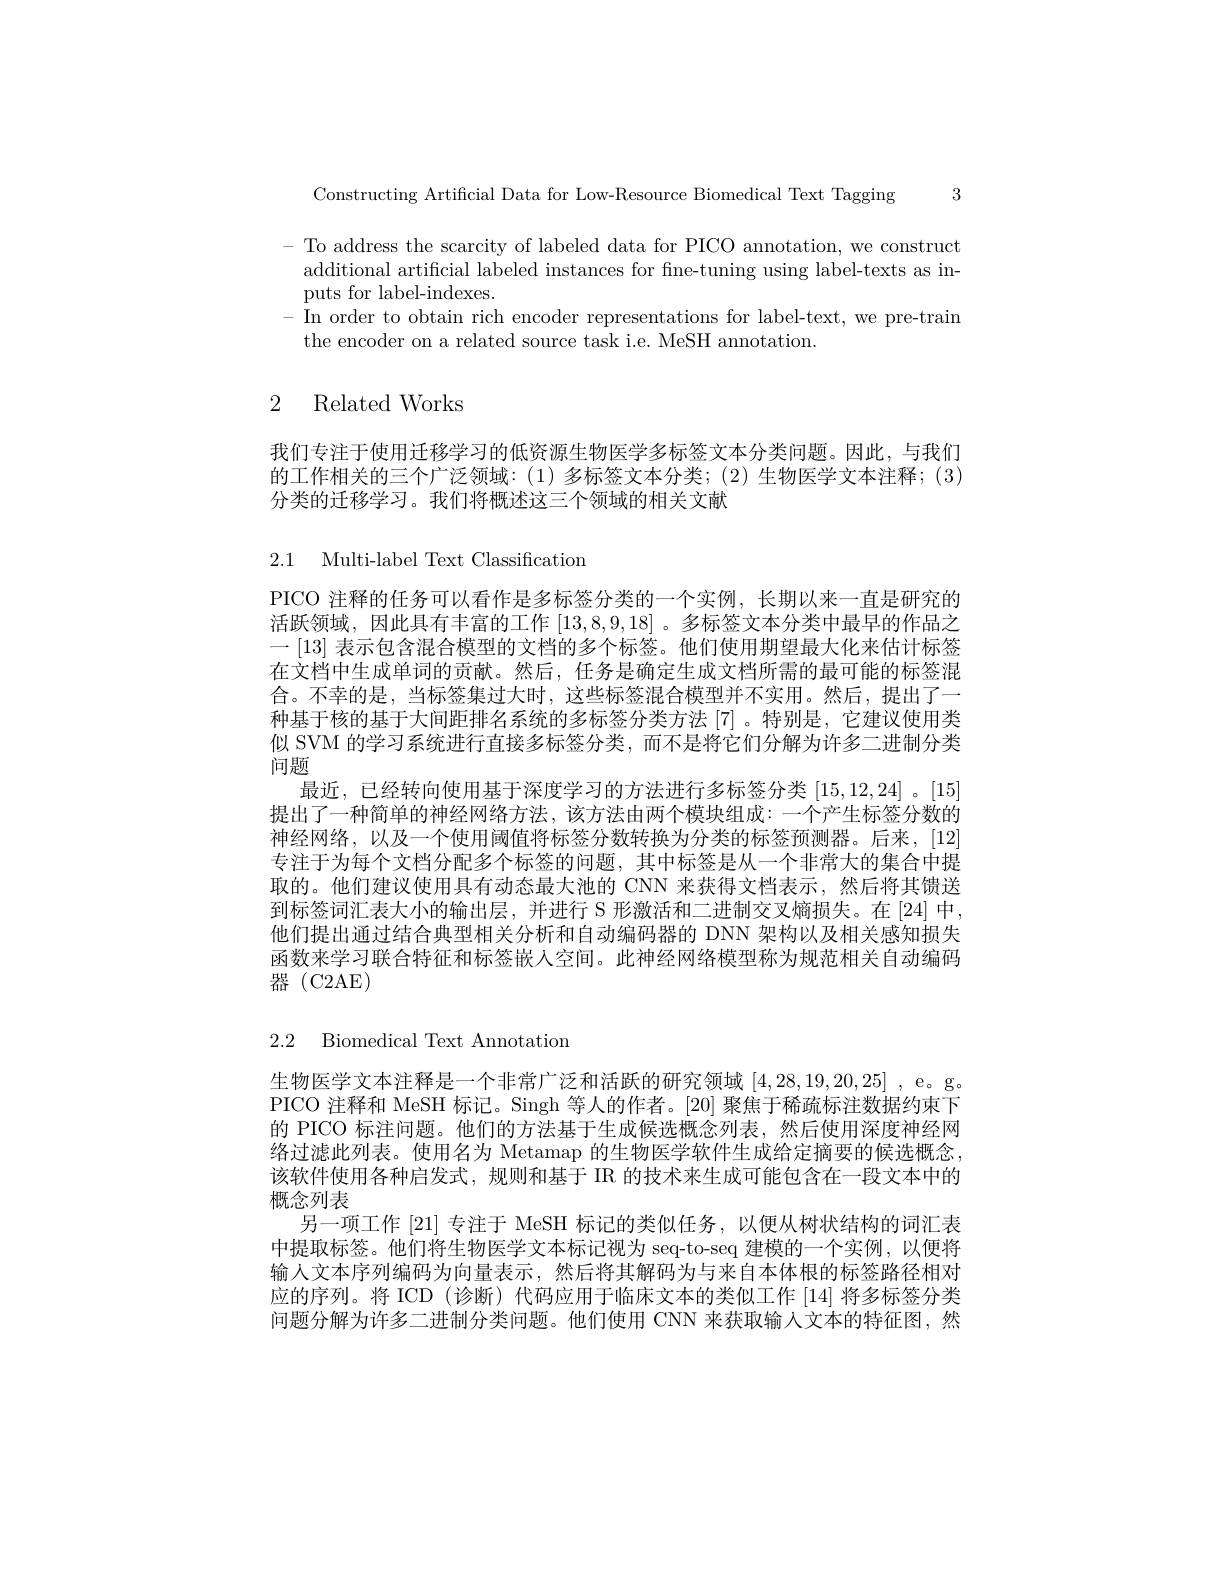
3

Constructing Artificial Data for Low-Resource Biomedical Text Tagging

- To address the scarcity of labeled data for PICO annotation, we construct
additional artificial labeled instances for fine-tuning using label-texts as in-
puts for label-indexes.
- In order to obtain rich encoder representations for label-text, we pre-train
the encoder on a related source task i.e. MeSH annotation.

# 2 Related Works

我们专注于使用迁移学习的低资源生物医学多标签文本分类问题。因此，与我们的工作相关的三个广泛领域：(1)多标签文本分类；(2)生物医学文本注释；(3) 分类的迁移学习。我们将概述这三个领域的相关文献

2.1 Multi-label Text Classification

PICO 注释的任务可以看作是多标签分类的一个实例，长期以来一直是研究的活跃领域，因此具有丰富的工作[13,8,9,18] 。多标签文本分类中最早的作品之一 [13] 表示包含混合模型的文档的多个标签。他们使用期望最大化来估计标签在文档中生成单词的贡献。然后，任务是确定生成文档所需的最可能的标签混合。不幸的是，当标签集过大时，这些标签混合模型并不实用。然后，提出了一种基于核的基于大间距排名系统的多标签分类方法 [7]。特别是，它建议使用类似 SVM 的学习系统进行直接多标签分类，而不是将它们分解为许多二进制分类问题
最近，已经转向使用基于深度学习的方法进行多标签分类[15,12,24]。[15] 提出了一种简单的神经网络方法，该方法由两个模块组成：一个产生标签分数的神经网络，以及一个使用阈值将标签分数转换为分类的标签预测器。后来，[12] 专注于为每个文档分配多个标签的问题，其中标签是从一个非常大的集合中提取的。他们建议使用具有动态最大池的 CNN 来获得文档表示，然后将其馈送到标签词汇表大小的输出层，并进行 S 形激活和二进制交叉熵损失。在 [24] 中他们提出通过结合典型相关分析和自动编码器的 DNN 架构以及相关感知损失函数来学习联合特征和标签嵌人空间。此神经网络模型称为规范相关自动编码器(C2AE)

2.2 Biomedical Text Annotation

生物医学文本注释是一个非常广泛和活跃的研究领域[4,28,19,20,25] ,e。g。PICO 注释和 MeSH 标记。Singh 等人的作者。[20] 聚焦于稀疏标注数据约束下的 PICO 标注问题。他们的方法基于生成候选概念列表，然后使用深度神经网络过滤此列表。使用名为 Metamap 的生物医学软件生成给定摘要的候选概念该软件使用各种启发式，规则和基于 IR 的技术来生成可能包含在一段文本中的概念列表
另一项工作[21]专注于 MeSH 标记的类似任务，以便从树状结构的词汇表中提取标签。他们将生物医学文本标记视为 seq-to-seq 建模的一个实例，以便将输入文本序列编码为向量表示，然后将其解码为与来自本体根的标签路径相对应的序列。将 ICD (诊断)代码应用于临床文本的类似工作[14]将多标签分类问题分解为许多二进制分类问题。他们使用 CNN 来获取输入文本的特征图，然